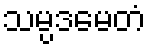
သမ္ပဒမေတံ